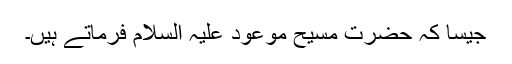
جیسا کہ حضرت مسیح موعود علیہ السلام فرماتے ہیں۔